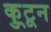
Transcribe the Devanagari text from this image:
कु्टून